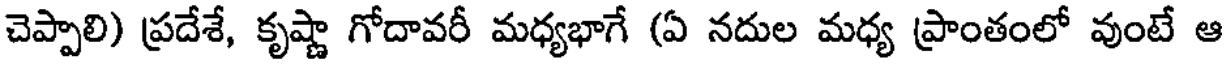
చెప్పాలి) ప్రదేశే, కృష్ణా గోదావరీ మధ్యభాగే (ఏ నదుల మధ్య ప్రాంతంలో వుంటే ఆ